Scottish Leaving Certificate Examination, 1954
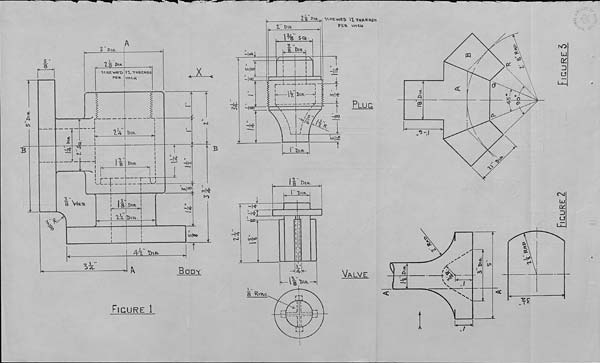
ool w
3 Pm-
7,3 *>'*■
PER
JT-TWRCfttsS
\nt-H
r~r
—
To
<?4
i
1%
-s-
t>in.
X'
8 £>!R.
I I—y —
V^e.'s
1 nV
"T
—
cv(
Ml 03
J>!R
X% BMr.
1
~!'^-
±
4~x
r«l-4-
PO
inlco
Body
-|«ol
-05
Hoo
i
-l*
-\D0j
intoo
\ -
8 Kmvs
Figure 1
2 8 pl^j S<.RESME-D (ITHREPIOS
1 E>\n.
W' SOI
T ■■
a-P- 1^
It ll\R. J
ro hr
E
—(BO
7/s /4-.
' A f?
LA|i£
OlR-
PER \«*W
Plug
I » Djr.
Dm.
•A*
Valve
PQ
'oO
<C
yi q
N O" 1
C5
p-
V f\ l' . f 1 " A
%
..c
Aiv ?r*
*
e-
it
f>n
l-T^
v ^
C
•V’
I
Figure 2
Figure 5